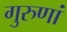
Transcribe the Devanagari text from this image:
गुरुणां